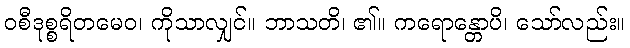
ဝစီဒုစ္စရိတမေဝ၊ ကိုသာလျှင်။ ဘာသတိ၊ ၏။ ကရောန္တောပိ၊ သော်လည်း။